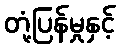
တုံ့ပြန်မှုနှင့်